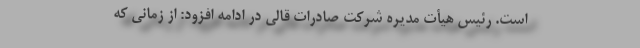
است. رئیس هیأت مدیره شرکت صادرات قالی در ادامه افزود: از زمانی که